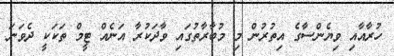
ހުރާއާއި ވިޔެންސާގެ އިތުރުން މި މުބާރާތުގައި ވާދަކުރާ އަނެއް ޓީމް ތަކަކީ ދެވަނަ